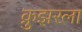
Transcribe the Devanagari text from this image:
क्रुझरला